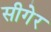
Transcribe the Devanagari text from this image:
सीगेर